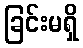
ခြင်းမရှိ